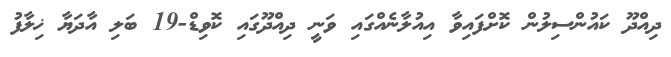
ދިއްދޫ ކައުންްސިލުން ކޮށްފައިވާ އިއުލާނެއްގަައި ވަނީ ދިއްދޫގައި ކޮވިޑް-19 ބަލި އާދަޔާ ޚިލާފު